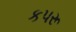
કપરૂ